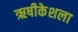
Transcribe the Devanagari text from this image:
ऋषीकेशला